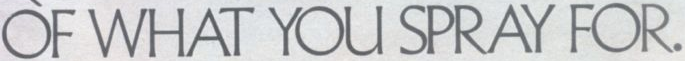
OF WHAT YOU SPRAY FOR.